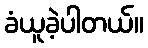
ခံယူခဲ့ပါတယ်။